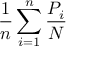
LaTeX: { \frac { 1 } { n } } \sum _ { i = 1 } ^ { n } { \frac { P _ { i } } { N } } \,